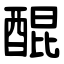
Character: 醌